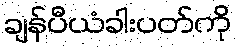
ချန်ပီယံခါးပတ်ကို